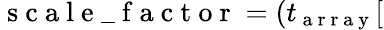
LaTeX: \mathrm{~s~c~a~l~e~\_ ~f~a~c~t~o~r~}=(t_{\mathrm{~a~r~r~a~y~}}[